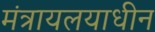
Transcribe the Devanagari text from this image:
मंत्रायलयाधीन